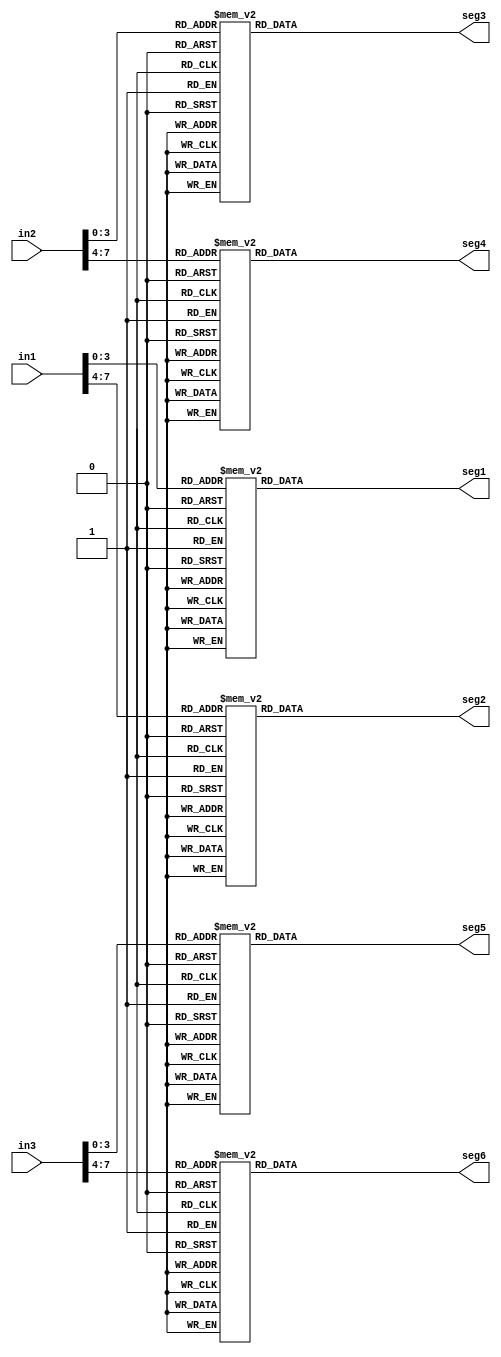
`timescale 1ns / 1ps

module display_output(in1,in2,in3,seg1,seg2,seg3,seg4,seg5,seg6);
input [7:0] in1,in2, in3;
output reg [7:0] seg1,seg2,seg3,seg4,seg5,seg6;

wire [3:0] in1_l4, in1_h4,in2_l4,in2_h4,in3_l4,in3_h4;

	assign in1_l4=in1[3:0];
	assign in1_h4=in1[7:4];
	assign in2_l4=in2[3:0];
	assign in2_h4=in2[7:4];
	assign in3_l4=in3[3:0];
	assign in3_h4=in3[7:4];

		always@(*)
		begin 
			case(in1_l4)
			4'b0000: seg1=8'b11000000;//0
			4'b0001: seg1=8'b11111001;//1
			4'b0010: seg1=8'b10100100;//2
			4'b0011: seg1=8'b10110000;//3
			4'b0100: seg1=8'b10011001;//4
			4'b0101: seg1=8'b10010010;//5
			4'b0110: seg1=8'b10000010;//6
			4'b0111: seg1=8'b11111000;//7
			4'b1000: seg1=8'b10000000;//8
			4'b1001: seg1=8'b10010000;//9
			4'b1010: seg1=8'b10001000;//A or 10
			4'b1011: seg1=8'b10000011;//B or 11
			4'b1100: seg1=8'b11000110;//C or 12
			4'b1101: seg1=8'b10100001;//D or 13
			4'b1110: seg1=8'b10000110;//E or 14
			4'b1111: seg1=8'b10001110;//F or 15
			default: seg1=8'b11000000;//0
			endcase

			case(in1_h4)
			4'b0000: seg2=8'b11000000;//0
			4'b0001: seg2=8'b11111001;//1
			4'b0010: seg2=8'b10100100;//2
			4'b0011: seg2=8'b10110000;//3
			4'b0100: seg2=8'b10011001;//4
			4'b0101: seg2=8'b10010010;//5
			4'b0110: seg2=8'b10000010;//6
			4'b0111: seg2=8'b11111000;//7
			4'b1000: seg2=8'b10000000;//8
			4'b1001: seg2=8'b10010000;//9
			4'b1010: seg2=8'b10001000;//A or 10
			4'b1011: seg2=8'b10000011;//B or 11
			4'b1100: seg2=8'b11000110;//C or 12
			4'b1101: seg2=8'b10100001;//D or 13
			4'b1110: seg2=8'b10000110;//E or 14
			4'b1111: seg2=8'b10001110;//F or 15
			default: seg2=8'b11000000;//0
			endcase

			case(in2_l4)
			4'b0000: seg3=8'b11000000;//0
			4'b0001: seg3=8'b11111001;//1
			4'b0010: seg3=8'b10100100;//2
			4'b0011: seg3=8'b10110000;//3
			4'b0100: seg3=8'b10011001;//4
			4'b0101: seg3=8'b10010010;//5
			4'b0110: seg3=8'b10000010;//6
			4'b0111: seg3=8'b11111000;//7
			4'b1000: seg3=8'b10000000;//8
			4'b1001: seg3=8'b10010000;//9
			4'b1010: seg3=8'b10001000;//A or 10
			4'b1011: seg3=8'b10000011;//B or 11
			4'b1100: seg3=8'b11000110;//C or 12
			4'b1101: seg3=8'b10100001;//D or 13
			4'b1110: seg3=8'b10000110;//E or 14
			4'b1111: seg3=8'b10001110;//F or 15
			default: seg3=8'b11000000;//0
			endcase

			case(in2_h4)
			4'b0000: seg4=8'b11000000;//0
			4'b0001: seg4=8'b11111001;//1
			4'b0010: seg4=8'b10100100;//2
			4'b0011: seg4=8'b10110000;//3
			4'b0100: seg4=8'b10011001;//4
			4'b0101: seg4=8'b10010010;//5
			4'b0110: seg4=8'b10000010;//6
			4'b0111: seg4=8'b11111000;//7
			4'b1000: seg4=8'b10000000;//8
			4'b1001: seg4=8'b10010000;//9
			4'b1010: seg4=8'b10001000;//A or 10
			4'b1011: seg4=8'b10000011;//B or 11
			4'b1100: seg4=8'b11000110;//C or 12
			4'b1101: seg4=8'b10100001;//D or 13
			4'b1110: seg4=8'b10000110;//E or 14
			4'b1111: seg4=8'b10001110;//F or 15
			default: seg4=8'b11000000;//0
			endcase
			
			case(in3_l4)
			4'b0000: seg5=8'b11000000;//0
			4'b0001: seg5=8'b11111001;//1
			4'b0010: seg5=8'b10100100;//2
			4'b0011: seg5=8'b10110000;//3
			4'b0100: seg5=8'b10011001;//4
			4'b0101: seg5=8'b10010010;//5
			4'b0110: seg5=8'b10000010;//6
			4'b0111: seg5=8'b11111000;//7
			4'b1000: seg5=8'b10000000;//8
			4'b1001: seg5=8'b10010000;//9
			4'b1010: seg5=8'b10001000;//A or 10
			4'b1011: seg5=8'b10000011;//B or 11
			4'b1100: seg5=8'b11000110;//C or 12
			4'b1101: seg5=8'b10100001;//D or 13
			4'b1110: seg5=8'b10000110;//E or 14
			4'b1111: seg5=8'b10001110;//F or 15
			default: seg5=8'b11000000;//0
			endcase

			case(in3_h4)
			4'b0000: seg6=8'b11000000;//0
			4'b0001: seg6=8'b11111001;//1
			4'b0010: seg6=8'b10100100;//2
			4'b0011: seg6=8'b10110000;//3
			4'b0100: seg6=8'b10011001;//4
			4'b0101: seg6=8'b10010010;//5
			4'b0110: seg6=8'b10000010;//6
			4'b0111: seg6=8'b11111000;//7
			4'b1000: seg6=8'b10000000;//8
			4'b1001: seg6=8'b10010000;//9
			4'b1010: seg6=8'b10001000;//A or 10
			4'b1011: seg6=8'b10000011;//B or 11
			4'b1100: seg6=8'b11000110;//C or 12
			4'b1101: seg6=8'b10100001;//D or 13
			4'b1110: seg6=8'b10000110;//E or 14
			4'b1111: seg6=8'b10001110;//F or 15
			default: seg6=8'b11000000;//0
			endcase
			
		end
endmodule